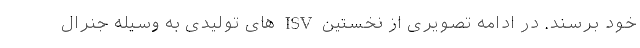
خود برسند. در ادامه تصویری از نخستین ISV های تولیدی به وسیله جنرال